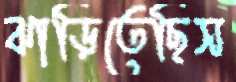
ঝাড়িতেছিস